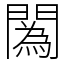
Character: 䦱